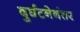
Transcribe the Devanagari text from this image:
दुर्घटनेनंतर